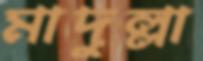
মাদুল্লা